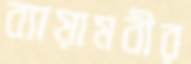
ব্যায়ামবীর